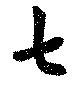
七